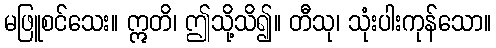
မဖြူစင်သေး။ ဣတိ၊ ဤသို့သိ၍။ တီသု၊ သုံးပါးကုန်သော။